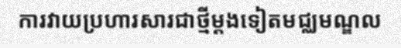
ការវាយប្រហារសារជាថ្មីម្តងទៀតមជ្ឈមណ្ឌល